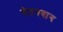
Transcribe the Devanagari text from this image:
चेतनबाग